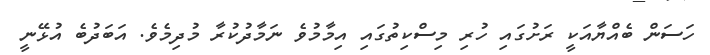
ހަސަން ބެއްޔާއަކީ ރަށުގައި ހުރި މިސްކިތުގައި އިމާމުވެ ނަމާދުކުރާ މުދިމެވެ. އަބަދުބެ އުޅޭނީ